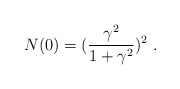
\begin{align*}N(0) = (\frac{\gamma^2}{1+\gamma^2})^2 \ .\end{align*}